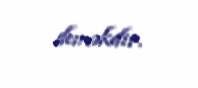
deməkdir.